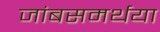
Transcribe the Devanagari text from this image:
जांबसमर्थया